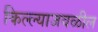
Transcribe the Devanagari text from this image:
किल्ल्याजवळील